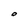
Character: O